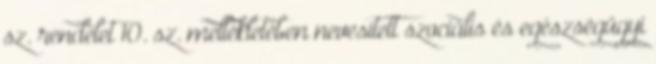
sz. rendelet 10. sz. mellékletében nevesített szociális és egészségügyi